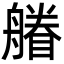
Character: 䒅